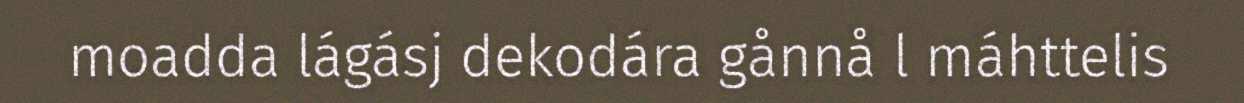
moadda lágásj dekodára gånnå l máhttelis